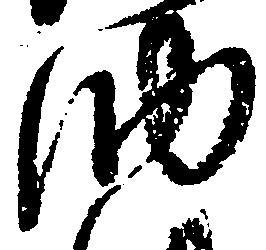
納